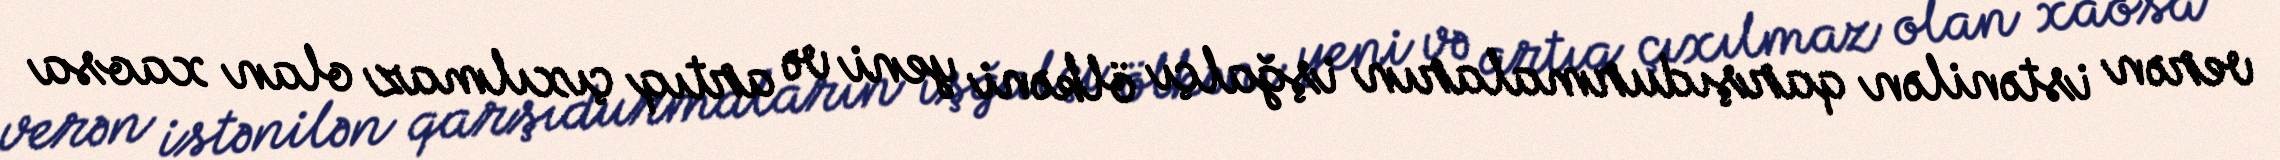
verən istənilən qarşıdurmaların işğalçı ölkəni yeni və artıq çıxılmaz olan xaosa